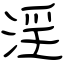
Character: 淫